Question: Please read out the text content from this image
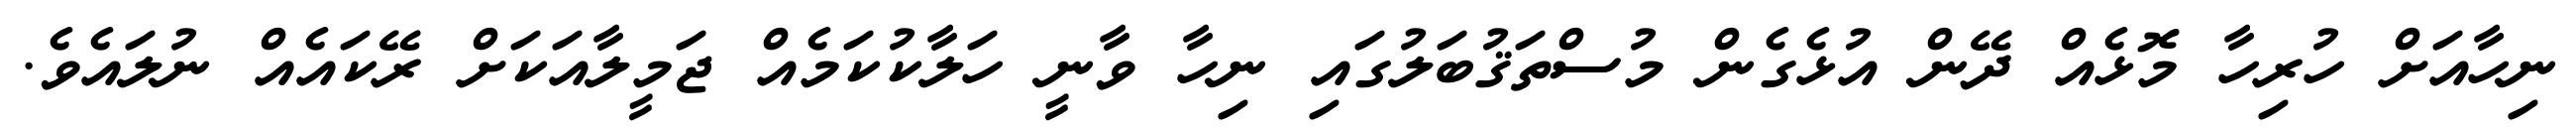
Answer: ނިހާއަށް ހުރިހާ މޮޅެއް ދޭން އުޅެގެން މުސްތަޤުބަލުގައި ނިހާ ވާނީ ހަލާކުކަމެއް ޖަމީލާއަކަށް ރޭކައެއް ނުލައެވެ.